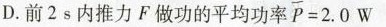
D.前2s内推力F做功的平均功率 $$P = 2 . 0 W$$